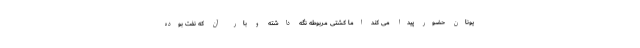
یونان حضور پیدا می کند اما کشتی مربوطه نگه داشته و بار آن که نفت بوده